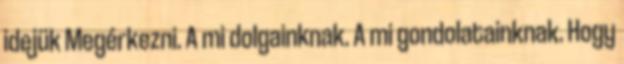
idejük Megérkezni. A mi dolgainknak. A mi gondolatainknak. Hogy